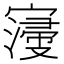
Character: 𡫏